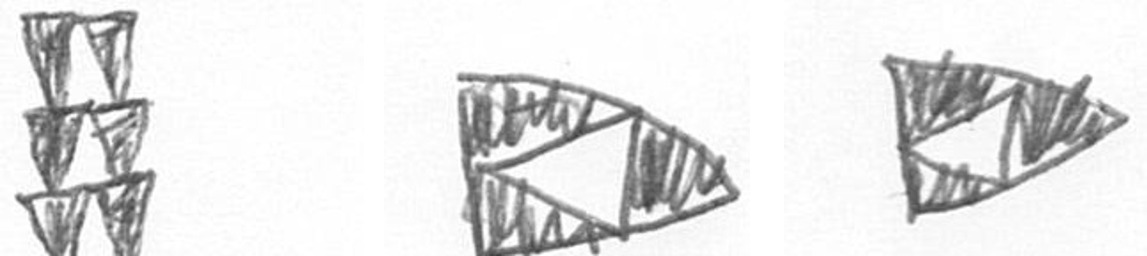
Y K K